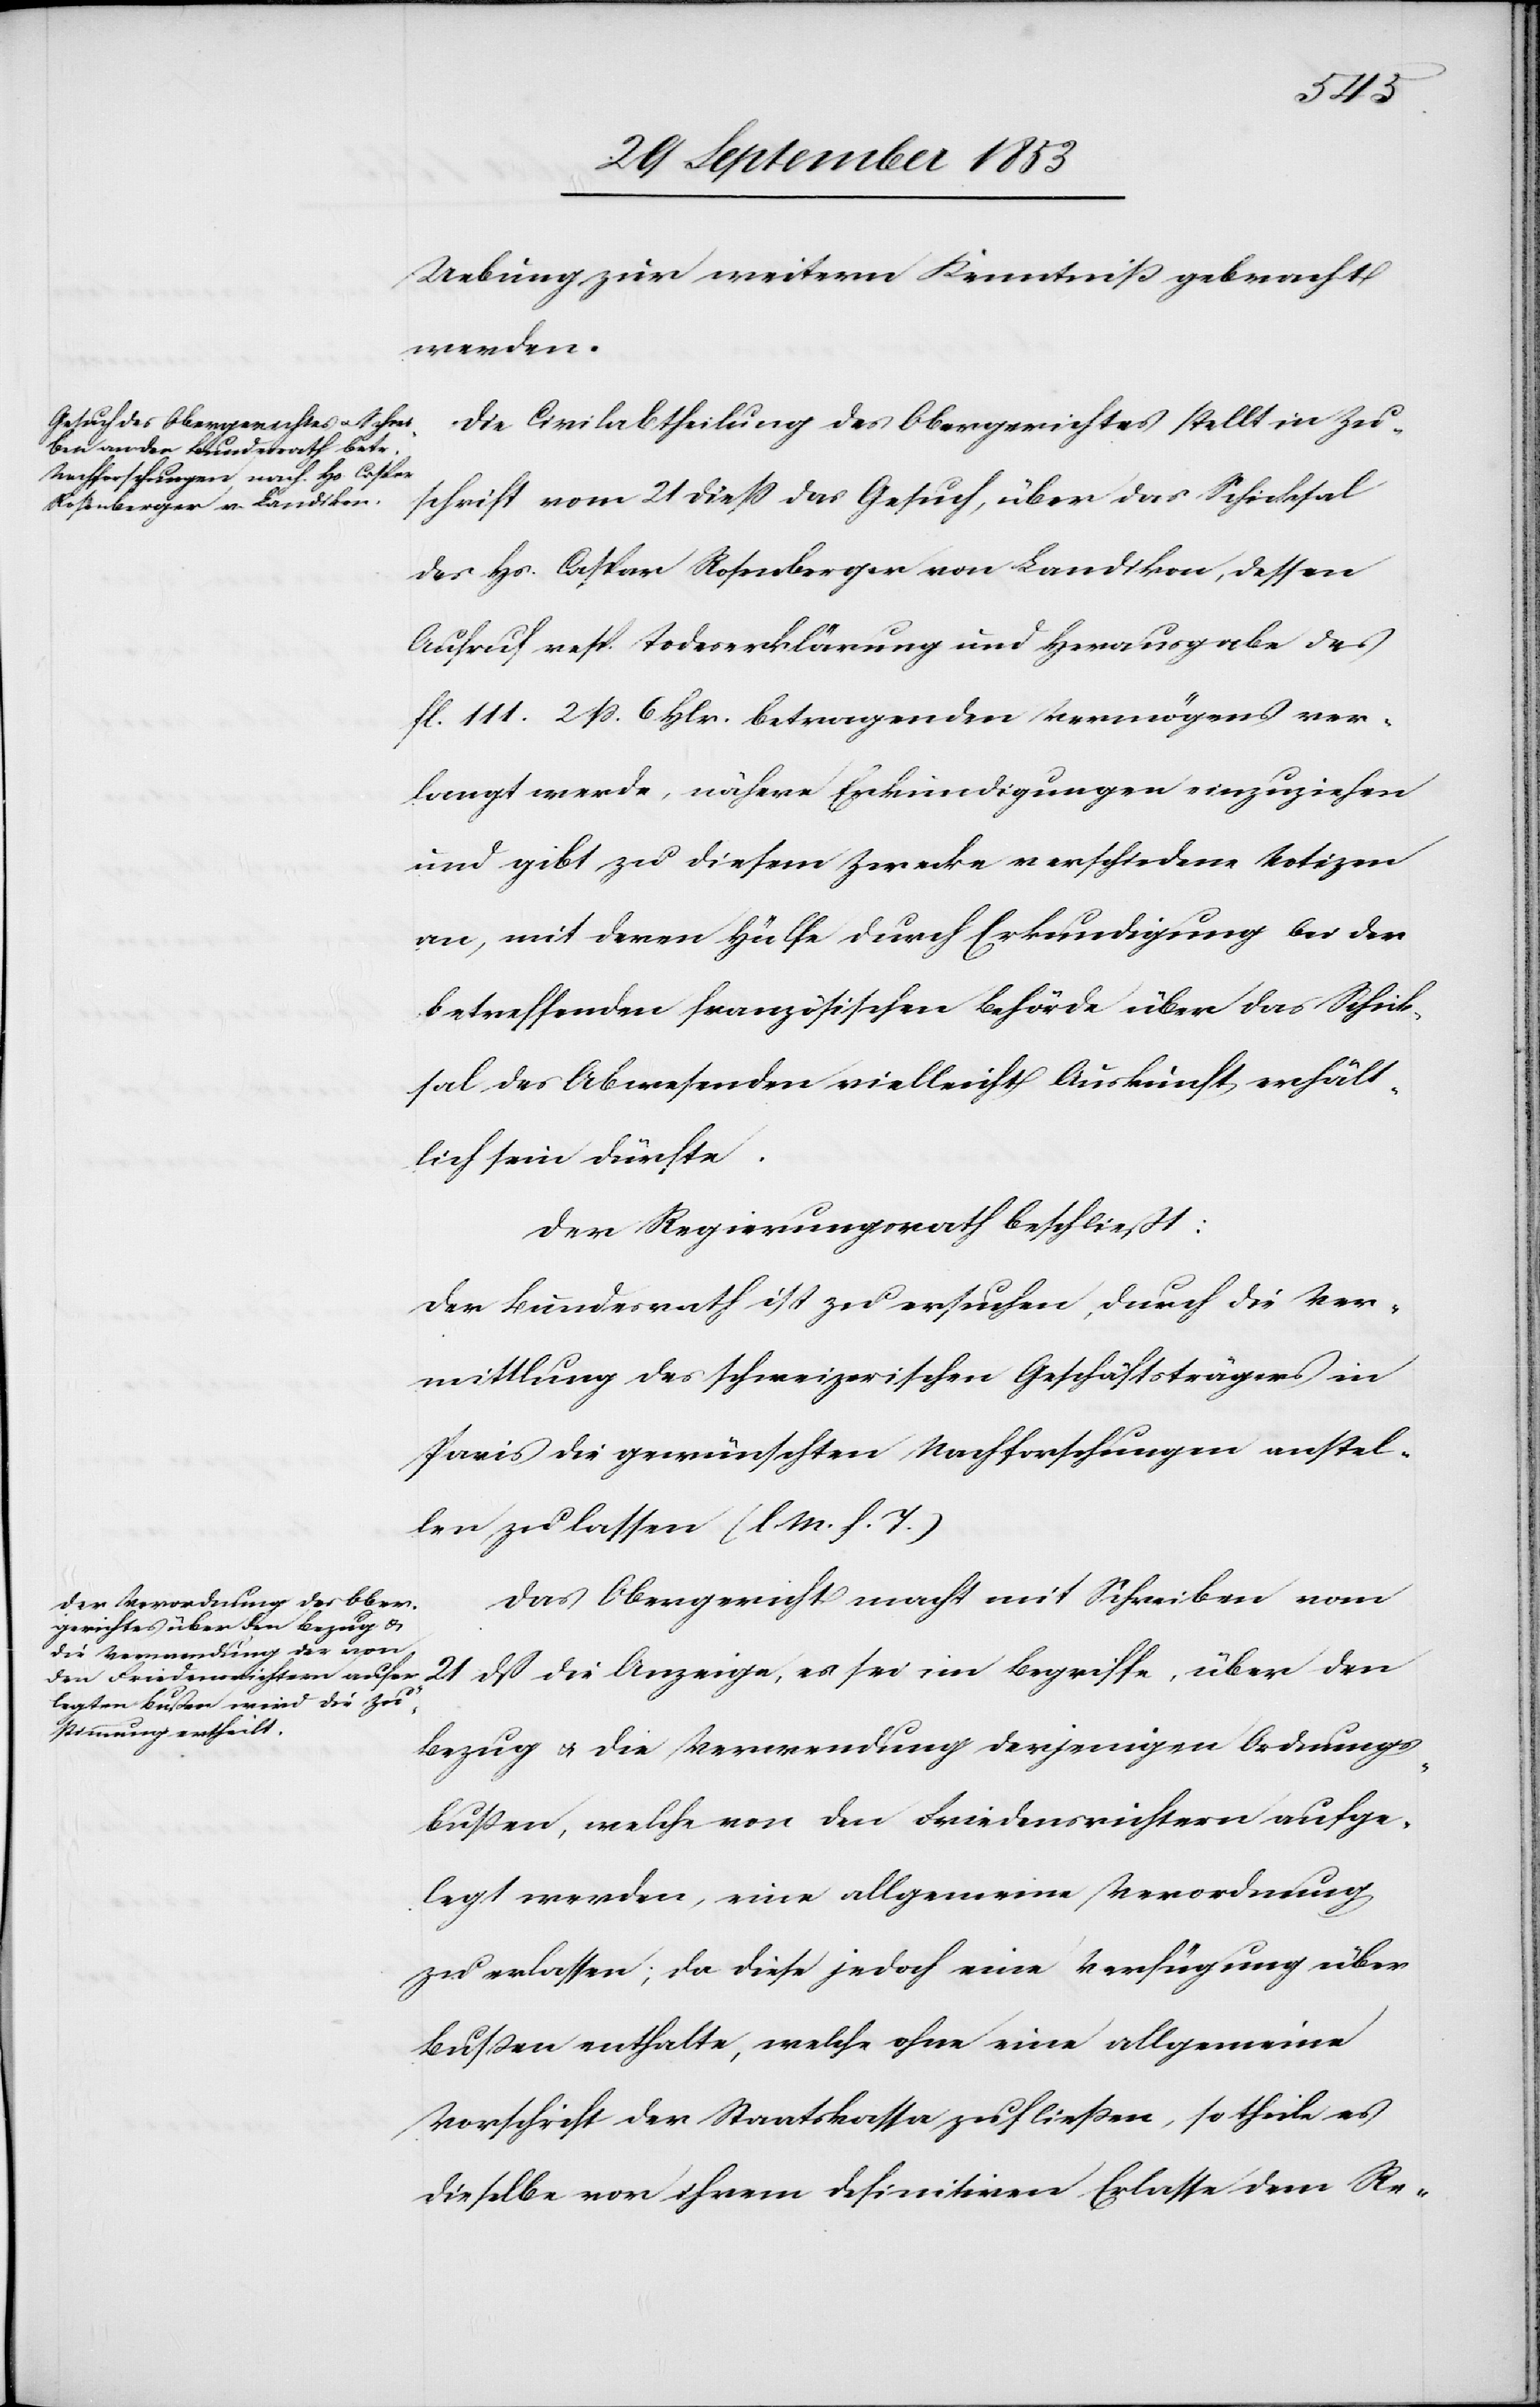
Uebung zur weitern Kenntniß gebracht
werden.
Die Civilabtheilung des Obergerichtes stellt in Zu¬
schrift vom 21 dieß das Gesuch, über das Schicksal
des Hs. Caspar Rosenberger von Landikon, dessen
Aufruf resp. Todeserklärung und Herausgabe des
fl. 211 2 ß 6 Hlr. betragenden Vermögens ver¬
langt werde, näher Erkundigungen einzuziehen
und gibt zu diesem Zwecke verschiedene Notizen
an, mit deren Hilfe durch Erkundigung bei der
betreffenden französischen Behörde über das Schick¬
sal des Abwesenden vielleicht Auskunft erhält¬
lich sein dürfte.
Der Regierungsrath beschließt:
Der Bundesrath ist zu ersuchen, durch die Ver¬
mittlung des schweizerischen Geschäftsträgers in
Paris die gewünschten Nachforschungen anstel¬
len zu lassen. [l. M. h. T]
Das Obergericht macht mit Schreiben vom
21 dß die Anzeige, es sei im Begriffe, über den
Bezug u. die Verwendung derjenigen Ordnungs¬
bußen, welche von den Friedensrichtern aufge¬
legt worden, eine allgemeine Verordnung
zu erlassen, da diese jedoch eine Verfügung über
Bußen enthalte, welche ohne eine allgemeine
Vorschrift der Staatskassa zufließen, so theile es
dieselbe vor ihrem definitiven Erlasse dem Re-